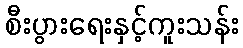
စီးပွားရေးနှင့်ကူးသန်း